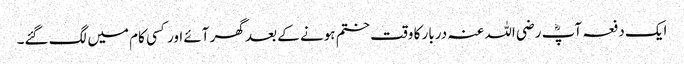
ایک دفعہ آپؓ رضی اللہ عنہ دربار کا وقت ختم ہونے کے بعد گھر آئے اور کسی کام میں لگ گئے۔